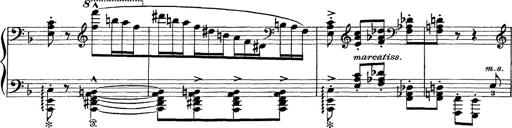
Title: Scherzo und Marsch
Composer: Franz Liszt